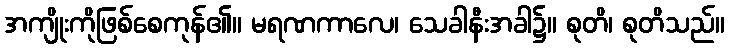
အကျိုးကိုဖြစ်စေကုန်၏။ မရဏကာလေ၊ သေခါနီးအခါ၌။ စုတိ၊ စုတိသည်။